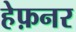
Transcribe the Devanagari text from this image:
हेफ़नर